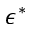
\epsilon ^ { * }